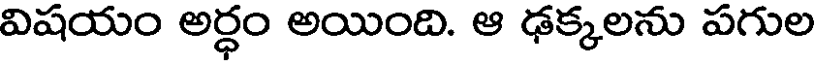
విషయం అర్ధం అయింది. ఆ ఢక్కలను పగుల